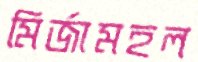
মির্জামহল